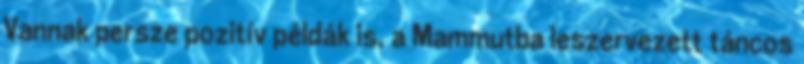
Vannak persze pozitív példák is, a Mammutba leszervezett táncos